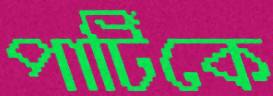
পার্টিকে